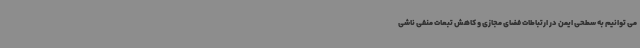
می توانیم به سطحی ایمن در ارتباطات فضای مجازی و کاهش تبعات منفی ناشی